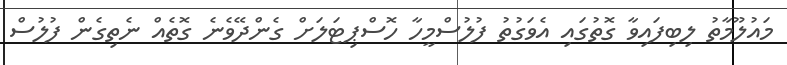
މައުލޫމާތު ލިބިފައިވާ ގޮތުގައި އެވަގުތު ފުލުސްމީހާ ހޮސްޕިޓަލަށް ގެންދޭވެނެ ގޮތެއް ނެތިގެން ފުލުސް